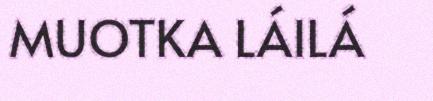
MUOTKA LÁILÁ